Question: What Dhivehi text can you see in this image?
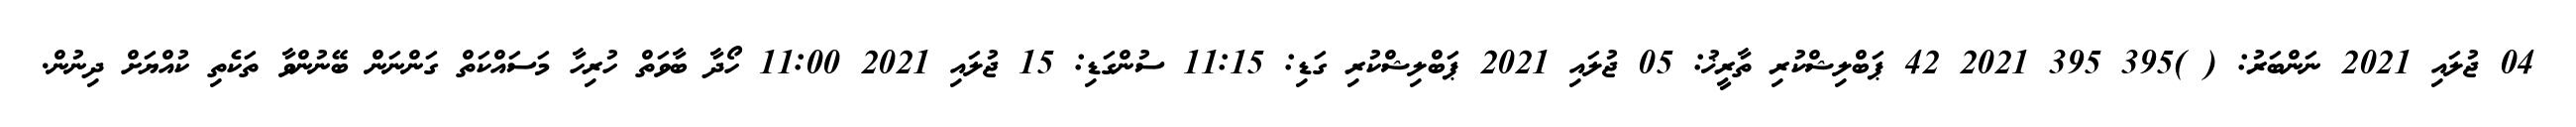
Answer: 04 ޖުލައި 2021 ނަންބަރު: ( )395 395 2021 42 ޕަބްލިޝްކުރި ތާރީޚު: 05 ޖުލައި 2021 ޕަބްލިޝްކުރި ގަޑި: 11:15 ސުންގަޑި: 15 ޖުލައި 2021 11:00 ހޯދާ ބާވަތް ހުރިހާ މަސައްކަތް ގަންނަން ބޭނުންވާ ތަކެތި ކުއްޔަށް ދިނުން.